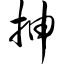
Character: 抻